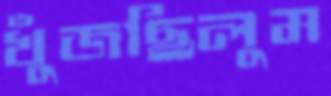
খুঁজছিলুম